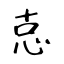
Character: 怘